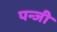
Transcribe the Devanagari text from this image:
पन्जी